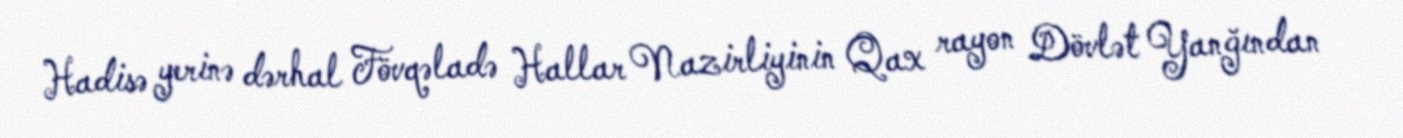
Hadisə yerinə dərhal Fövqəladə Hallar Nazirliyinin Qax rayon Dövlət Yanğından